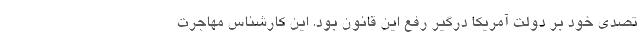
تصدی خود بر دولت آمریکا درگیر رفع این قانون بود. این کارشناس مهاجرت